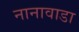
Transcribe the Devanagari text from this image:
नानावाडा